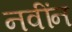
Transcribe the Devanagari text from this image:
नवींन